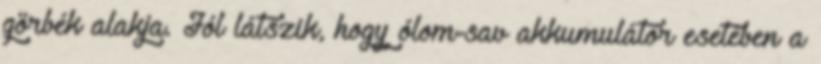
görbék alakja. Jól látszik, hogy ólom-sav akkumulátor esetében a